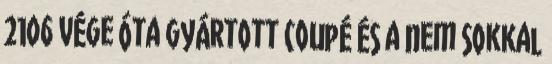
2106 vége óta gyártott Coupé és a nem sokkal